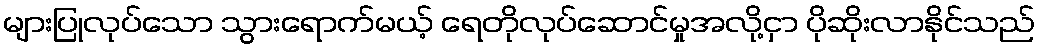
များပြုလုပ်သော သွားရောက်မယ့် ရေတိုလုပ်ဆောင်မှုအလို့ငှာ ပိုဆိုးလာနိုင်သည်